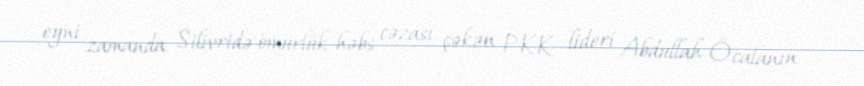
eyni zamanda Silivridə ömürlük həbs cəzası çəkən PKK lideri Abdullah Öcalanın